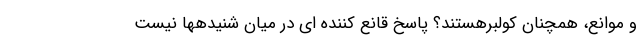
و موانع، همچنان کولبرهستند؟ پاسخ قانع کننده ای در میان شنیدهها نیست